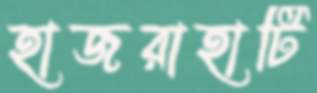
হাজরাহাটি